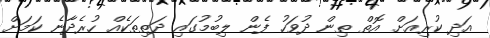
އަދި ކުރިއަށް އޮތް ތިން ދުވަހު ފެން ލިބުމުގައި ދަތިތަކެއް ހުރެދާނެ ކަމަށް